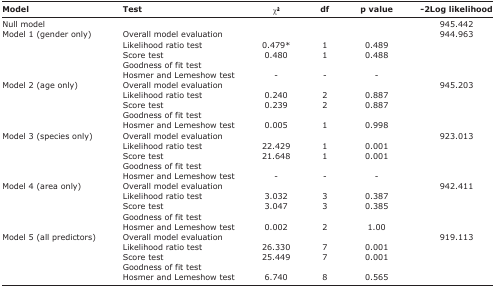
| Model | Test | χ2 | df | p value | -2Log likelihood |
 | --- | --- | --- | --- | --- | --- |
 | Null model |  |  |  |  | 945.442 |
 | Model 1 (gender only) | Overall model evaluation |  |  |  | 944.963 |
 |  | Likelihood ratio test | 0.479* | 1 | 0.489 |  |
 |  | Score test | 0.480 | 1 | 0.488 |  |
 |  | Goodness of fit test |  |  |  |  |
 |  | Hosmer and Lemeshow test | - | - | - |  |
 | Model 2 (age only) | Overall model evaluation |  |  |  | 945.203 |
 |  | Likelihood ratio test | 0.240 | 2 | 0.887 |  |
 |  | Score test | 0.239 | 2 | 0.887 |  |
 |  | Goodness of fit test |  |  |  |  |
 |  | Hosmer and Lemeshow test | 0.005 | 1 | 0.998 |  |
 | Model 3 (species only) | Overall model evaluation |  |  |  | 923.013 |
 |  | Likelihood ratio test | 22.429 | 1 | 0.001 |  |
 |  | Score test | 21.648 | 1 | 0.001 |  |
 |  | Goodness of fit test |  |  |  |  |
 |  | Hosmer and Lemeshow test | - | - | - |  |
 | Model 4 (area only) | Overall model evaluation |  |  |  | 942.411 |
 |  | Likelihood ratio test | 3.032 | 3 | 0.387 |  |
 |  | Score test | 3.047 | 3 | 0.385 |  |
 |  | Goodness of fit test |  |  |  |  |
 |  | Hosmer and Lemeshow test | 0.002 | 2 | 1.00 |  |
 | Model 5 (all predictors) | Overall model evaluation |  |  |  | 919.113 |
 |  | Likelihood ratio test | 26.330 | 7 | 0.001 |  |
 |  | Score test | 25.449 | 7 | 0.001 |  |
 |  | Goodness of fit test |  |  |  |  |
 |  | Hosmer and Lemeshow test | 6.740 | 8 | 0.565 |  |